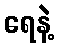
ရေနဲ့